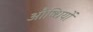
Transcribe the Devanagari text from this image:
औष्धियों